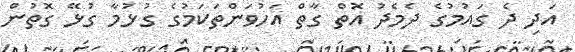
އަދި ދެ ގައުމުގެ ދެމެދު އޮތް ގާތް އަހުވަންތަކަމުގެ ގުޅުމާ ގުޅޭ ގޮތުން